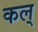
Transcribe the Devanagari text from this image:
कल्